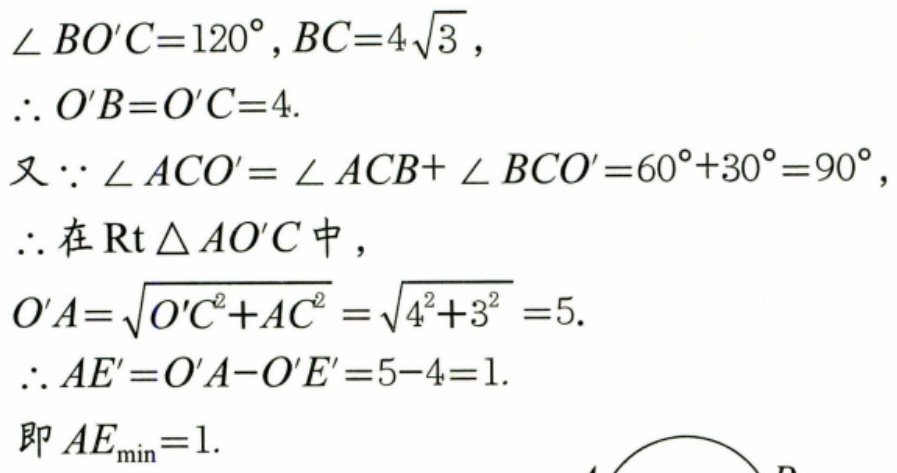
\(\angle BO'C = 120^{\circ}, BC = 4\sqrt{3}\)，
\(\therefore O'B = O'C = 4\).
又\(\because \angle ACO'=\angle ACB+\angle BCO' = 60^{\circ}+30^{\circ}=90^{\circ}\)，
\(\therefore\)在\(\text{Rt}\triangle AO'C\)中，
\(O'A=\sqrt{O'C^{2}+AC^{2}}=\sqrt{4^{2}+3^{2}} = 5\).
\(\therefore AE'=O'A - O'E' = 5 - 4 = 1\).
即\(AE_{\min}=1\).